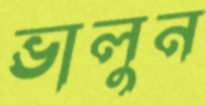
ভালুন